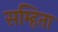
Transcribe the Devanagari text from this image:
सम्हिता